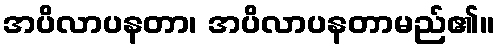
အပိလာပနတာ၊ အပိလာပနတာမည်၏။